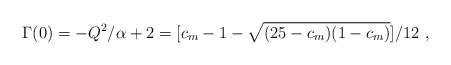
\begin{align*}\Gamma (0) = -Q^2/\alpha + 2 = [c_m-1 -\sqrt {(25-c_m)(1-c_m)}]/12 \ ,\end{align*}